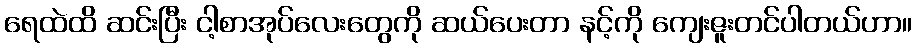
ရေထဲထိ ဆင်းပြီး ငါ့စာအုပ်လေးတွေကို ဆယ်ပေးတာ နင့်ကို ကျေးဇူးတင်ပါတယ်ဟာ။